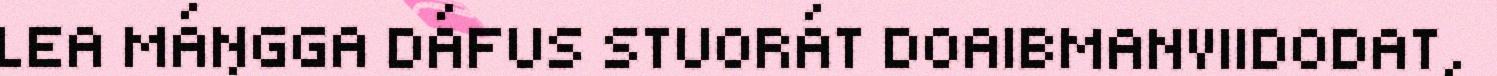
LEA MÁŊGGA DÁFUS STUORÁT DOAIBMANVIIDODAT,